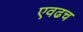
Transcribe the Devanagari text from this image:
एवढच